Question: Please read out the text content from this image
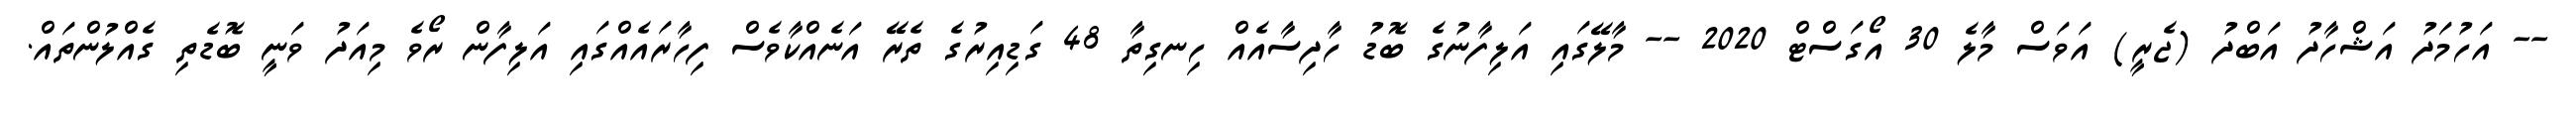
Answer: -- އަހުމަދު އަޝްހާދު އަބްދު (ޖެރީ) އަވަސް މާލެ 30 އޯގަސްޓް 2020 -- މާލޭގައި އަލިފާނުގެ ބޮޑު ހާދިސާއެއް ހިނގިތާ 48 ގަޑިއިރުގެ ތެރޭ އަނެއްކާވެސް ފިހާރައެއްގައި އަލިފާން ރޯވެ މިއަދު ވަނީ ބޮޑެތި ގެއްލުންތައް.